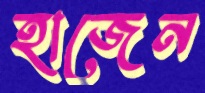
হাজেন